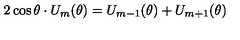
2 \cos \theta \cdot U _ { m } ( \theta ) = U _ { m - 1 } ( \theta ) + U _ { m + 1 } ( \theta )